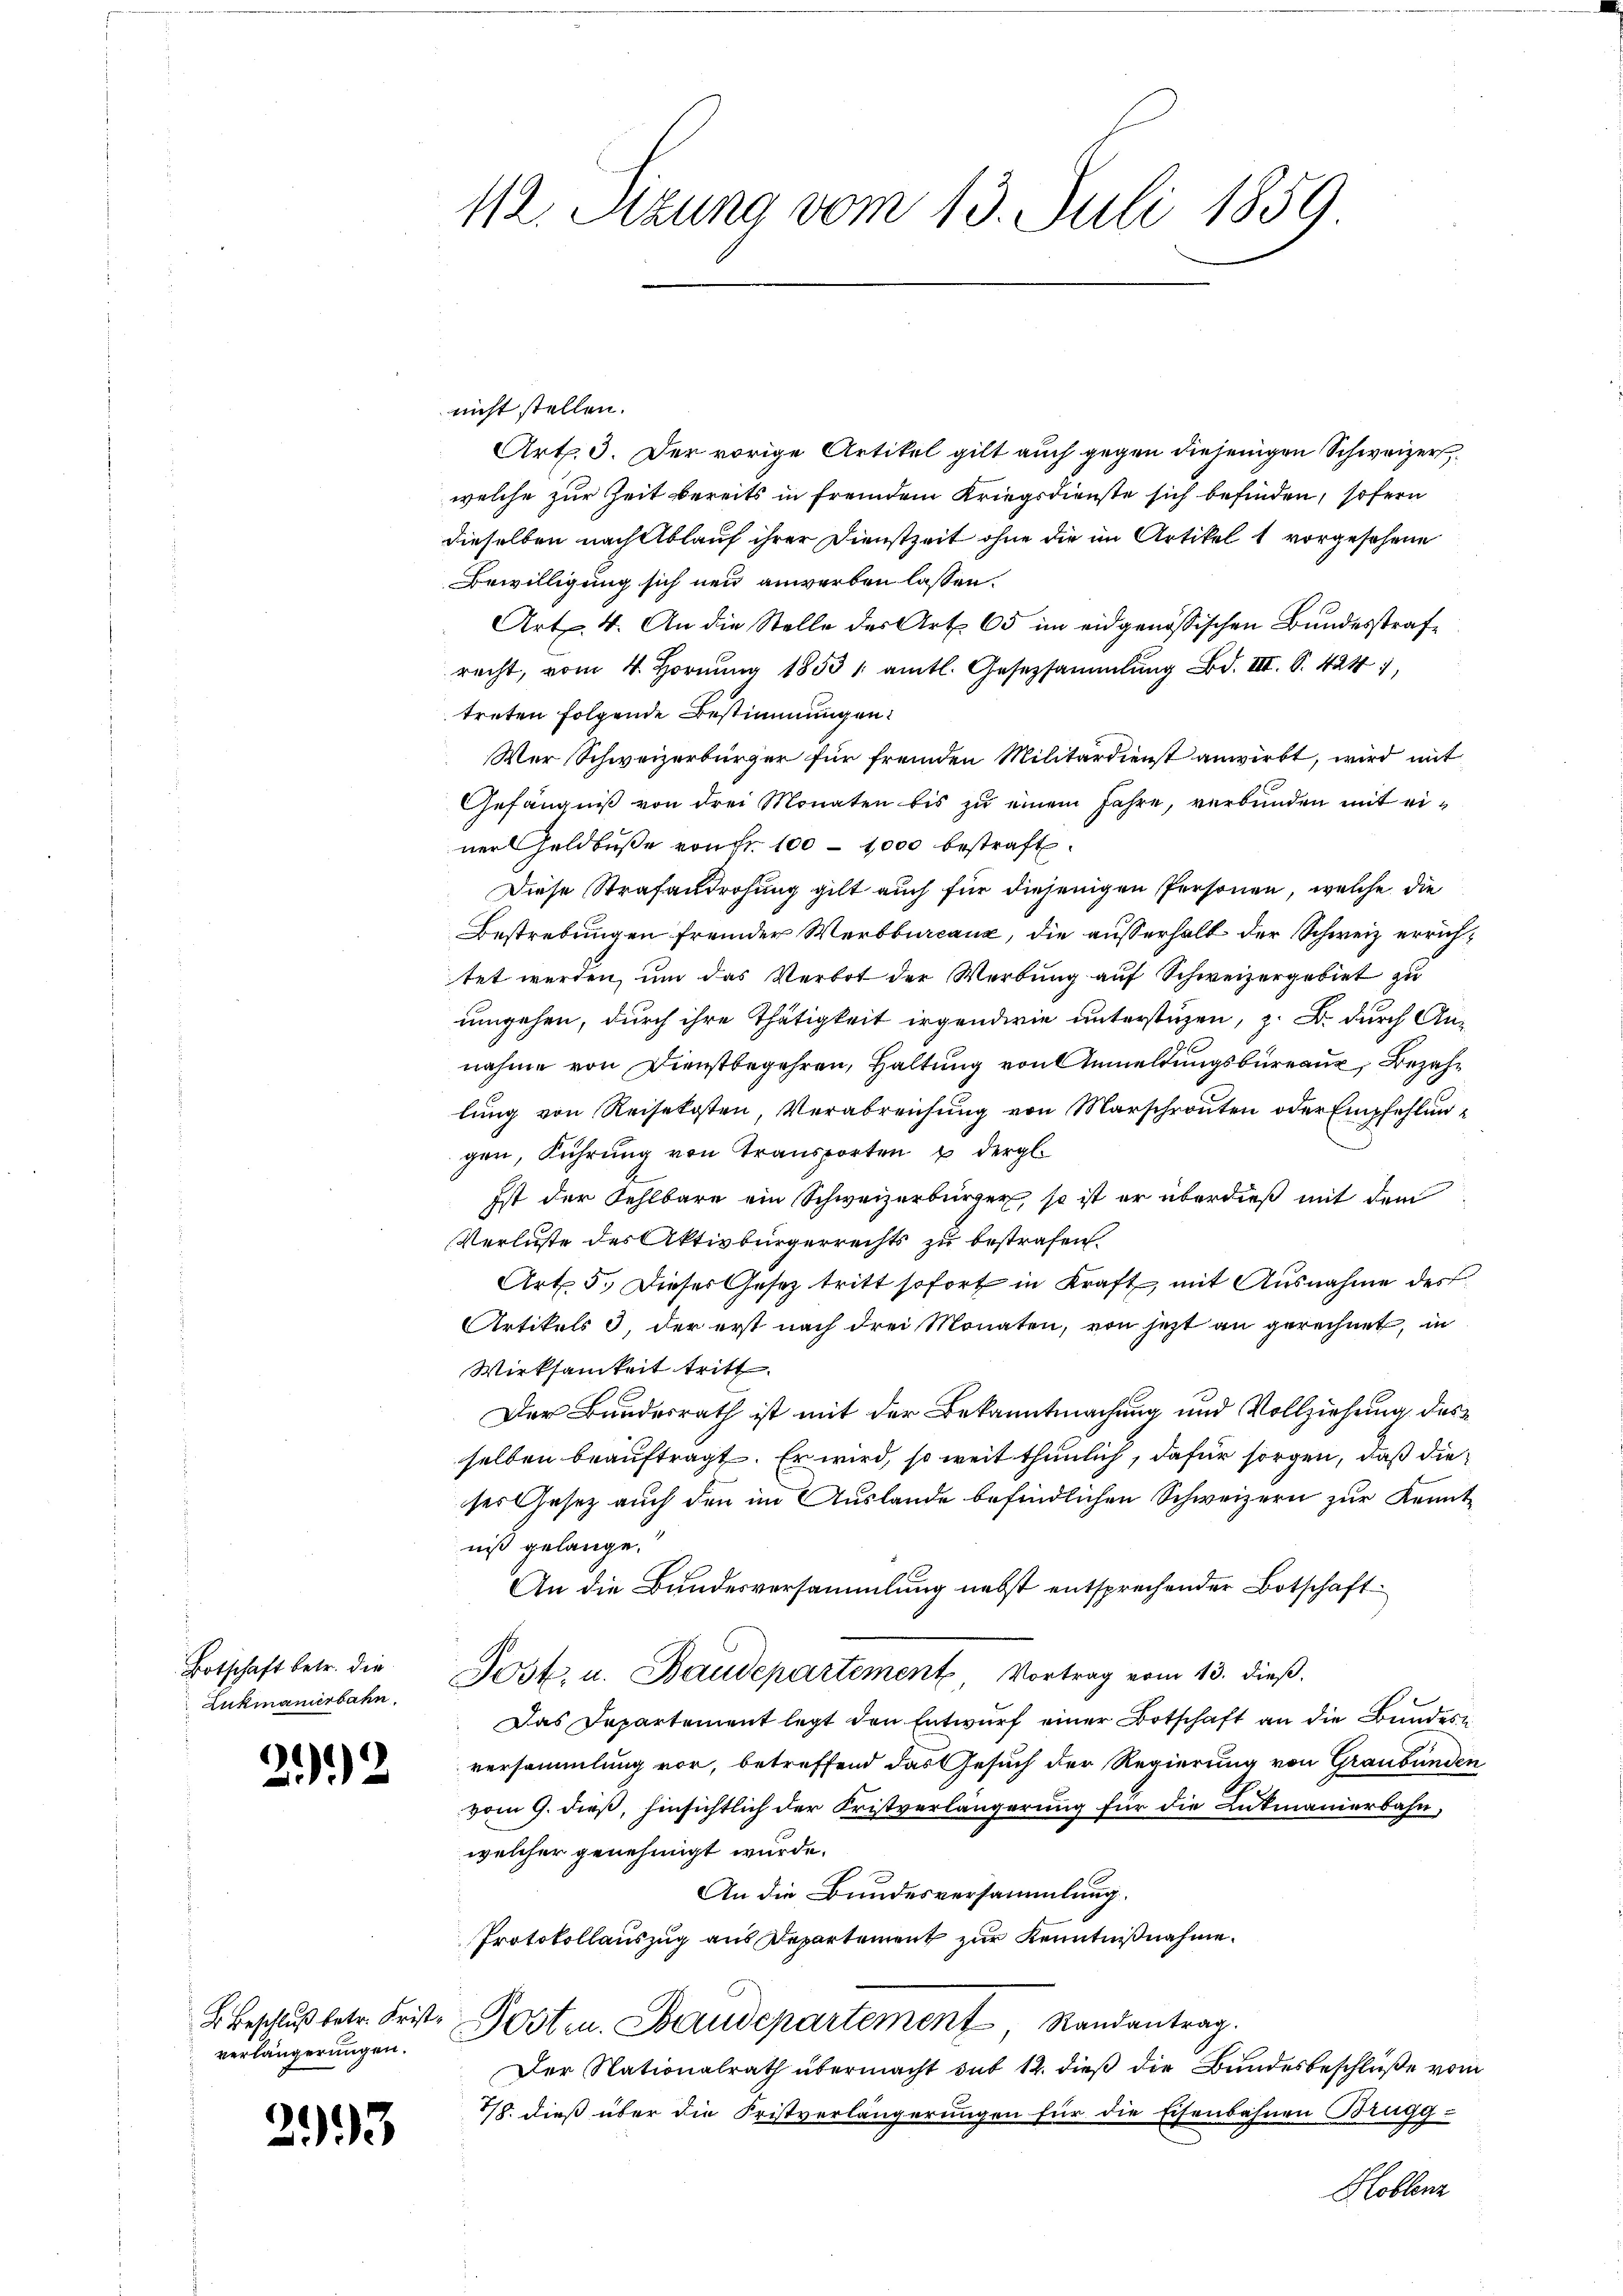
Botschaft betr. die
Lukmanierbahn

22

verlängerungen.

2993

112. Sitzung vom 13. Juli 1859

nicht stellen.
Art. 3. Der vorige Artikel gilt auch gegen diejenigen Schweizerwelche zur Zeit bereits in fremdem Kriegsdienste sich befinden, sofern
dieselben nach Ablauf ihrer Dienstzeit ohne die im Artikel 1 vorgesehene
Bewilligung sich neu anwerben lassen.
Art. 4. An die Stelle des Art. 65 im eidgenössischen Bundesstrafrecht, vom 4. Hornŭng 1853 / amtl. Gesetzsammlung Bd. III S. 424,
treten folgende Bestimmungen:
Wer Schweizerbürger für fremden Militärdienst anwirkt, wird mit
Gefängniß von drei Monaten bis zu einem Jahre, verbunden mit einer Geldbuße von Fr. 100 - 1000 bestraft.
Diese Strafandrohung gilt auch für diejenigen Personen, welche die
Bestrebungen fremder Werbburcauz, die ausserhalt der Schweiz errichtet werden, um das Verbot der Werbung auf Schweizergebiet zu
umgehen, durch ihre Thätigkeit irgendwie unterstüzen, z. B. durch Annahme von Dienstbegehren, Haltung von Anmeldungsbureau, Bezahlung von Reisekosten, Verabreichung von Marschrouten oder Empfehlungen, Führung von Transporten u dergl.
Ist der Fehlbare ein Schweizerbürger, so ist er überdieß mit dem
Verluste des Aktivbürgerrechts zu bestrafen.
Art. 5. Dieses Gesetz tritt sofort in Kraft, mit Ausnahme des
Artikels , der erst nach drei Monaten, von jetzt an gerechnet, in
Wirksamkeit tritt.
Der Bundesrath ist mit der Bekanntmachung und Vollziehung desselben beauftragt. Er wird, so weit thunlich, dafür sorgen, daß dieses Gesetz auch den im Auslande befindlichen Schweizern zur Kenntniß gelange.
An die Bundesversammlung nebst entsprechender Botschaft
Jost. u. Baudepartement Vortrag vom 13. dieß.
Das Departement legt den Entwurf einer Botschaft an die Bundesversammlung vor, betreffend das Gesuch der Regierung von Graubünden
vom 9. dieß, hinsichtlich der Fristverlängerung für die Lukmanierbahn,
welcher genehmigt wurde.
An die Bundesversammlung.
Protokollauszug aus Departement zur Kenntnißnahme.
 Beschluß betr. Frist-Posten. Staudepartement Randantrag.
Der Nationalrath übermacht sub 12. dieß die Bundesbeschlüße vom
78. dieß über die Fristverlängerungen für die Eisenbahnen Brugg
Hoblenz